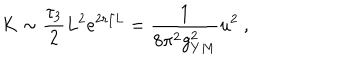
K \sim \frac { \tau _ { 3 } } { 2 } L ^ { 2 } e ^ { 2 r / L } = \frac { 1 } { 8 \pi ^ { 2 } g _ { Y M } ^ { 2 } } u ^ { 2 } \ ,